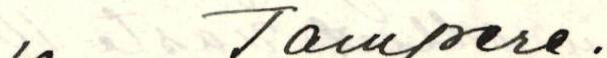
, Tampere.